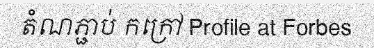
តំណភ្ជាប់ កក្រៅ Profile at Forbes